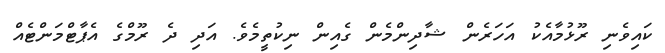
ކައިވެނި ރޫޅުމާއެކު އަހަރެން ޝާދިންމެން ގެއިން ނިކުތީމެވެ. އަދި ދެ ރޫމްގެ އެޕާޓްމަންޓެއް